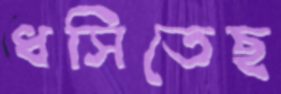
ধসিতেছ